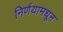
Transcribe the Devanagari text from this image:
निर्णयामधून